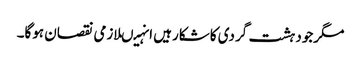
مگرجودہشت گردی کاشکارہیں انہیںلازمی نقصان ہوگا۔